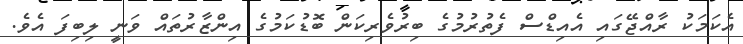
އެކަމަކު ރާއްޖޭގައި އެއިޑްސް ފެތުރުމުގެ ބިރުވެރިކަން ބޮޑުކަމުގެ އިންޒާރުތައް ވަނީ ލިބިފަ އެވެ.